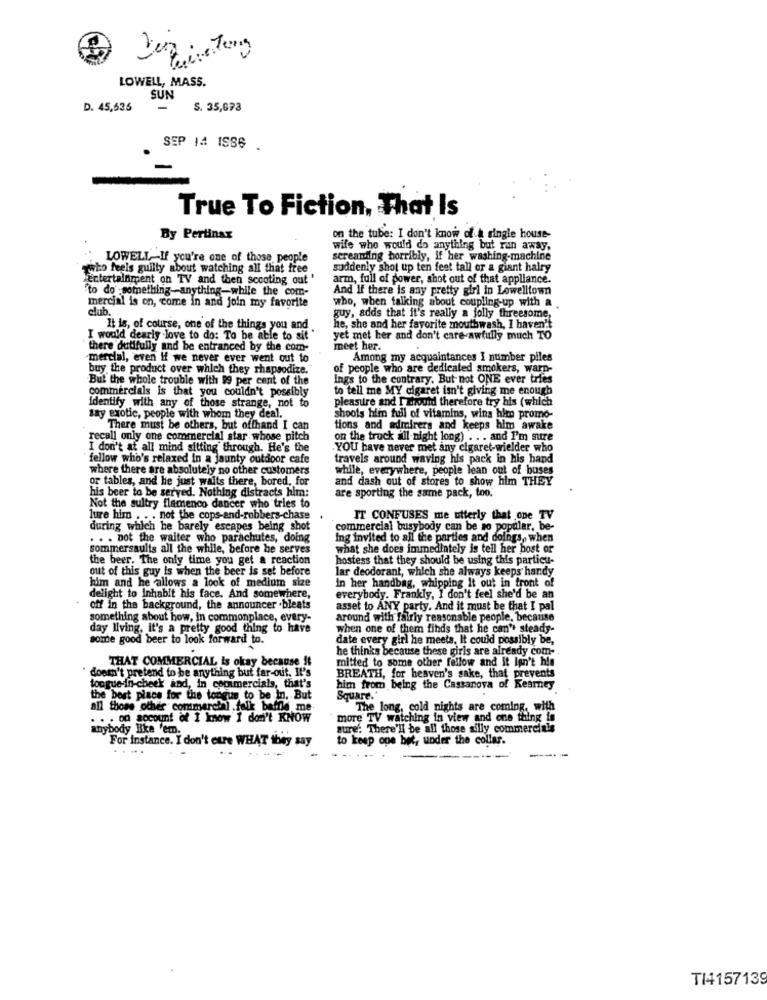
LOWELL, MASS.
SUN
D. 45,635
S. 35,693
SEP 14 1986 .
True To Fiction. That Is
By Pertinax
on the tube: I don't know of a single house-
wife who would do anything but ran away,
LOWELL If you're one of those people
screaming horribly, if her washing-machine
who feels guilty about watching all that free
suddenly shot up ten feet tall or a giant halry
Entertainment on TV and then scooting out "
arm, full of power, shot out of that appliance.
"to do something-anything-while the com-
And If there is any pretty girl in Lowelltown
who, when talking about coupling-up with a
mercial is on, come in and join my favorite
club.
guy, adds that it's really a folly threesome,
It is, of course, one of the things you and
he, she and her favorite mouthwash, 1 haven't
I would dearly love to do: To be able to sit "
yet met her and don't care-awfully much TO
there dutifully and be entranced by the com-
meet her.
-mercial, even If we never ever went out to
Among my acquaintances I number piles
buy the product over which they rhapsodize.
of people who are dedicated smokers, warn-
But the whole trouble with 99 per cent of the
ings to the contrary. But-not ONE ever tries
commercials is that you couldn't possibly
to tell me MY cigaret isn't giving me enough
pleasure and I Thound therefore try his (which
identify with any of those strange, not to
say exotic, people with whom they deal.
shoots him full of vitamins, wins hin promo-
There must be others, but offhand I can
tions and admirers and keeps him awake
recall only one commercial star whose pitch
on the truck all night long) . . . and I'm sure
I don't at all mind sitting through. He's the
YOU have never met any cigaret-wielder who
fellow who's relaxed In a jaunty outdoor cafe
travels around waving his pack in his hand
where there are absolutely no other customers
while, everywhere, people lean out of buses
or tables, and he just walts there, bored, for
and dash out of stores to show him THEY
his beer to be served. Nothing distracts him:
are sporting the same pack, too.
Not the sultry flamenco dancer who tries to
lure him . . . not the cops-and-robbers-chase
IT CONFUSES me utterly that one TV
during which he barely escapes being shot
commercial busybody can be so popular, be-
. . . not the waiter who parachutes, doing
dited to all the parties and doings, when
sommersaults all the while, before he serves
what she does immediately is tell her host or
the beer. The only time you get a reaction
hostess that they should be using this particu-
out of this guy is when the beer is set before
lar deodorant, which she always keeps handy
him and he allows a look of medium size
in her handbag, whipping it out in front of
delight to Inhabit his face. And somewhere,
everybody. Frankly, I don't feel she'd be an
off in the background, the announcer .bleats
asset to ANY party. And it must be that I pal
something about how, in commonplace, every-
around with fairly reasonable people, because
day living. it's a pretty good thing to have
when one of them finds that he can't steady.
some good beer to look forward to.
date every girl he meets. It could possibly be,
he thinks because these girls are already com-
THAT COMMERCIAL Is okay because it
mitted to some other follow and it Isn't his
" doesn't pretend to be anything but far-out. It's
BREATH, for heaven's sake, that prevents
tongue-in-cheek and, in copimercials, that's
him from being the Cassanova of Kearney
the best place for the tongue to be in, But
Square."
all those other commercial folk baffle me
The long, cold nights are coming, with
. . . on account of I know I don't KNOW
more TV watching in view and one thing is
anybody like 'em.
aure: There'll be all those silly commercials
For Instance. I don't care WHAT they say
to keep ope bet, under the collar.
.. ..
TI4157139